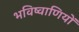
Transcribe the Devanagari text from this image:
भविष्वाणियों